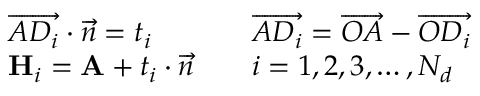
\begin{array} { r l r l } & { \overrightarrow { A D _ { i } } \cdot \overrightarrow { n } = t _ { i } } & & { \overrightarrow { A D _ { i } } = \overrightarrow { O A } - \overrightarrow { O D _ { i } } } \\ & { \mathbf { H } _ { i } = \mathbf { A } + t _ { i } \cdot \overrightarrow { n } } & & { i = 1 , 2 , 3 , \dotsc , N _ { d } } \end{array}